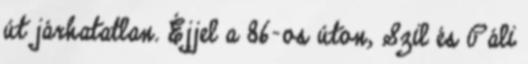
út járhatatlan. Éjjel a 86-os úton, Szil és Páli